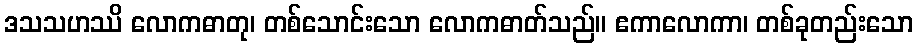
ဒသသဟဿိ လောကဓာတု၊ တစ်သောင်းသော လောကဓာတ်သည်။ ဧကာလောကာ၊ တစ်ခုတည်းသော